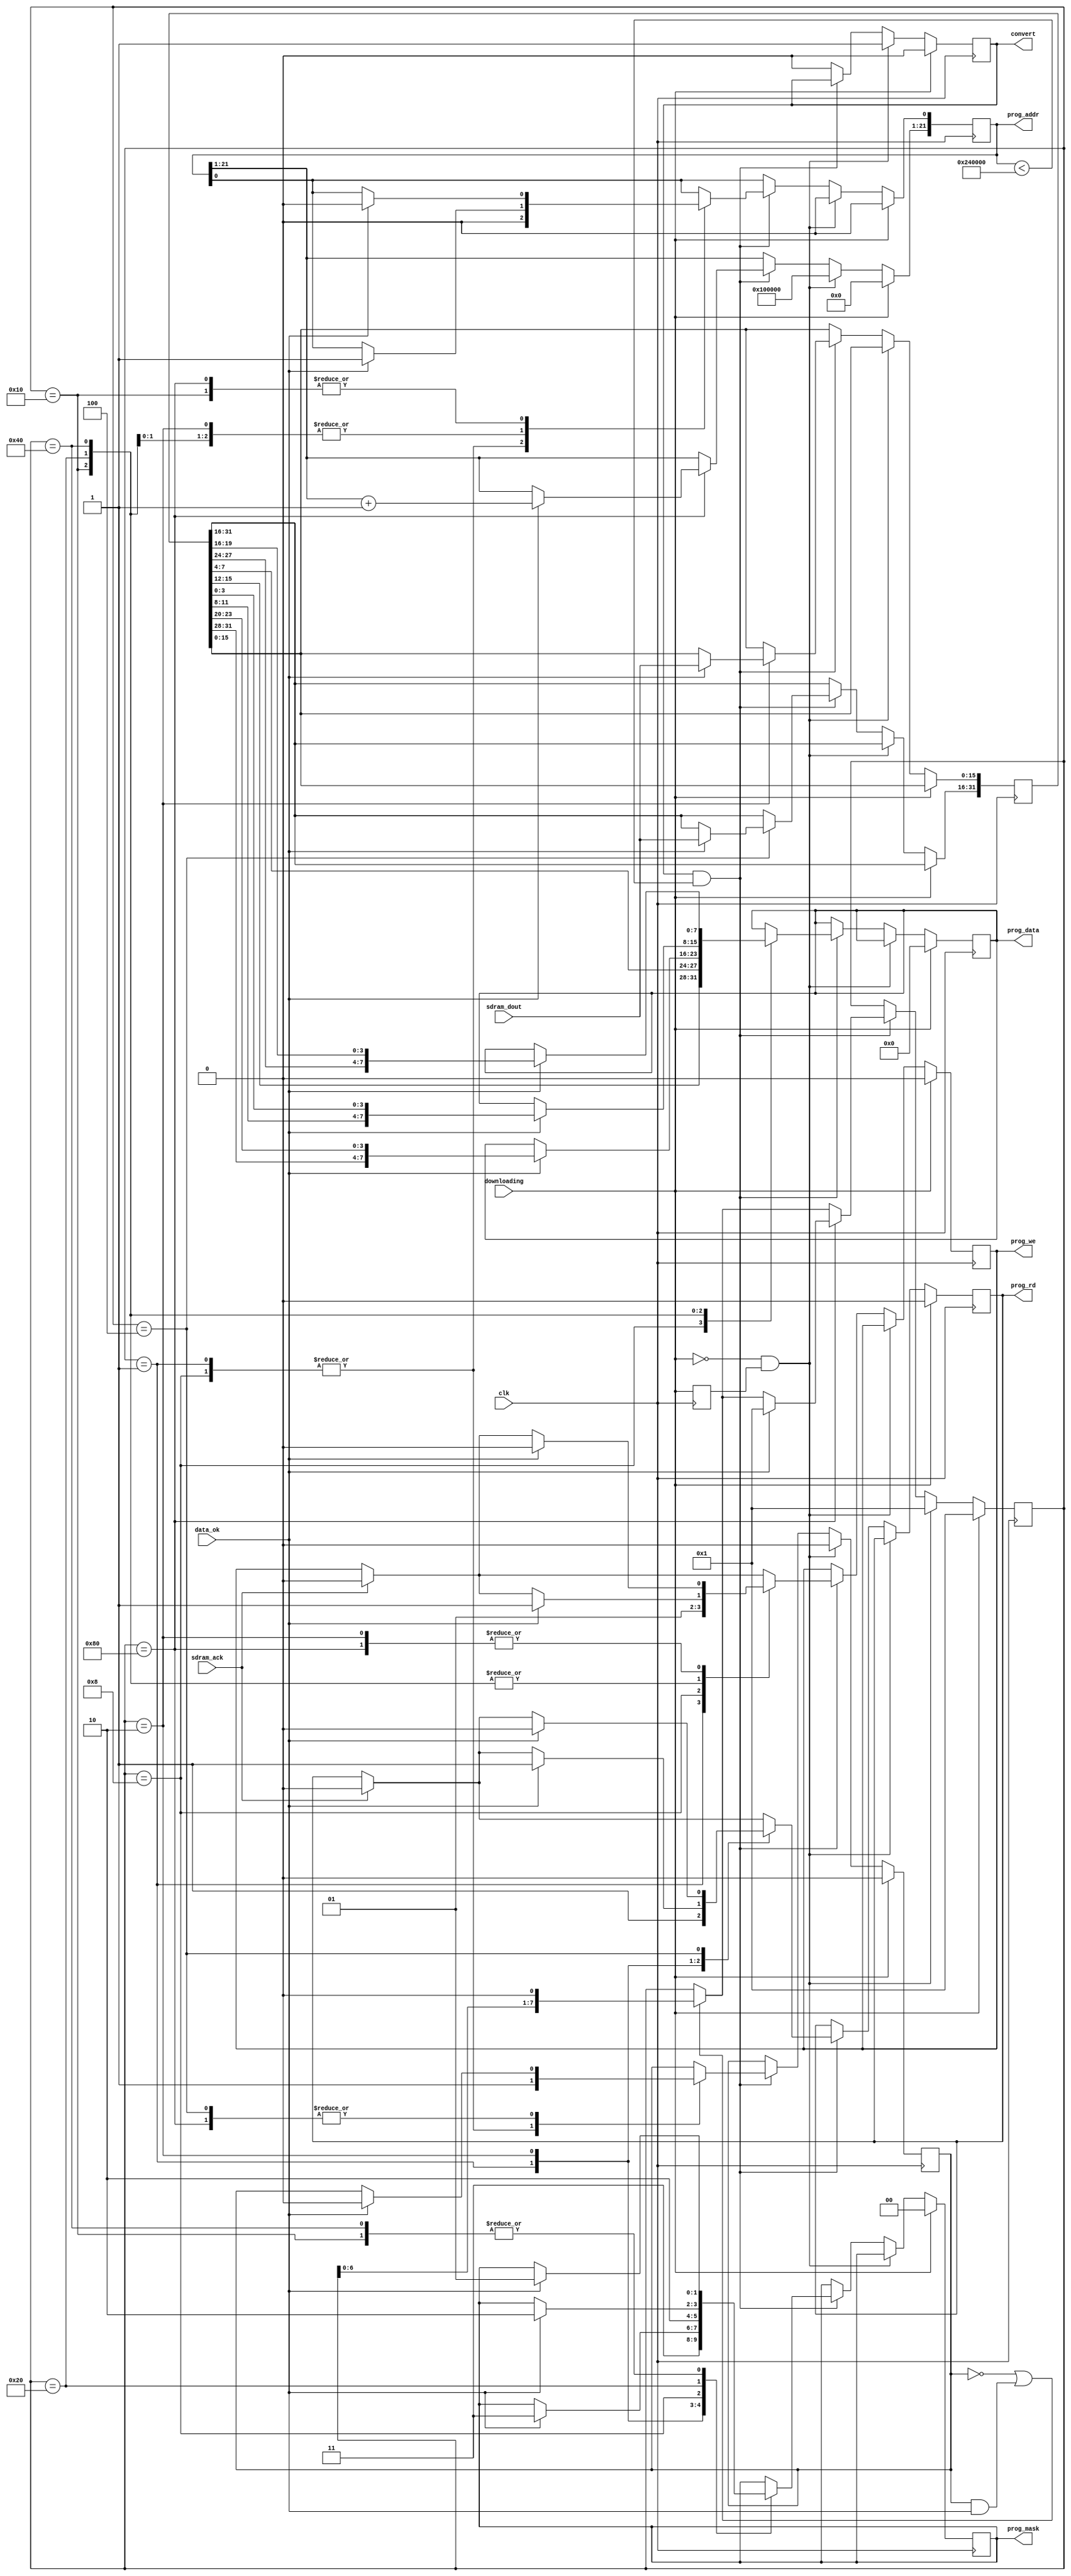
/*  This file is part of JT_GNG.
    JT_GNG program is free software: you can redistribute it and/or modify
    it under the terms of the GNU General Public License as published by
    the Free Software Foundation, either version 3 of the License, or
    (at your option) any later version.

    JT_GNG program is distributed in the hope that it will be useful,
    but WITHOUT ANY WARRANTY; without even the implied warranty of
    MERCHANTABILITY or FITNESS FOR A PARTICULAR PURPOSE.  See the
    GNU General Public License for more details.

    You should have received a copy of the GNU General Public License
    along with JT_GNG.  If not, see <http://www.gnu.org/licenses/>.

    Author: Jose Tejada Gomez. Twitter: @topapate
    Version: 1.0
    Date: 29-10-2019 */

// Converts 4bpp object data from an eight pixel packed format
// to a four pixel format

`timescale 1ns/1ps

module jtgng_obj32(
    input                clk,
    input                downloading,
    input      [15:0]    sdram_dout,

    output reg           convert,
    output reg [21:0]    prog_addr,
    output reg [ 7:0]    prog_data,
    output reg [ 1:0]    prog_mask, // active low
    output reg           prog_we,
    output reg           prog_rd,
    input                sdram_ack,
    input                data_ok
);

parameter [21:0] OBJ_START=22'h20_0000;
parameter [21:0] OBJ_END  =22'h24_0000;

`ifdef SIMULATION
`ifdef FAST_LOAD
`define JTGNG_OBJ32_FAST
`endif
`endif

`ifdef JTGNG_OBJ32_FAST
localparam OBJ_END1 = OBJ_START+((OBJ_END-OBJ_START)>>6); // make conversion length 32 times shorter
`else
localparam OBJ_END1 = OBJ_END;
`endif
`undef  JTGNG_OBJ32_FAST

reg [31:0] obj_data;
reg last_down, wait_ack;
reg [7:0]  state;

always @(posedge clk ) begin
    last_down <= downloading;
    if( downloading ) begin
        prog_addr <= 22'd0;
        prog_data <= 8'd0;
        prog_mask <= 2'd0;
        prog_we   <= 1'b0;
        state     <= 8'h1;
        prog_rd   <= 1'b0;
        convert   <= 1'b0;
        wait_ack  <= 1'b0;
    end else begin
        // prog_we  <= 1'b0;
        // prog_rd  <= 1'b0;
        if( !downloading && last_down ) begin
            prog_addr <= OBJ_START;
            convert   <= 1'b1;
            state     <= 8'h1;
            wait_ack  <= 1'b0;
        end
        else if( convert && prog_addr < OBJ_END1 )  begin
            if( sdram_ack ) begin
                prog_rd <= 1'b0;
                prog_we <= 1'b0;
            end
            if(!wait_ack || (wait_ack && data_ok) ) state <= state<<1;
            case( state )
                8'd1: begin // read
                    prog_mask    <= 2'b11;
                    prog_we      <= 1'b0;
                    prog_rd      <= 1'b1;
                    prog_addr[0] <= 1'b0;
                    wait_ack     <= 1'd1;
                end
                8'd2: if( data_ok ) begin
                    obj_data[15:0] <= sdram_dout;
                    prog_mask    <= 2'b11;
                    prog_we      <= 1'b0;
                    prog_rd      <= 1'b1;
                    prog_addr[0] <= 1'b1;
                end
                8'd4: if( data_ok ) begin
                    obj_data[31:16] <= sdram_dout;
                    prog_rd         <= 1'b0;
                    wait_ack        <= 1'd0;
                end
                // Programming
                8'd8: begin
                    prog_addr[0] <= 1'b0;
                    prog_data    <= { obj_data[7+8:4+8], obj_data[7:4]};
                    prog_mask    <= 2'b10;
                    prog_we      <= 1'b1;
                    wait_ack     <= 1'd1;
                end
                8'h10: if( data_ok ) begin
                    prog_addr[0] <= 1'b0;
                    prog_data <= { obj_data[7+24:4+24], obj_data[7+16:4+16]};
                    prog_mask <= 2'b01;
                    prog_we   <= 1'b1;
                end
                8'h20: if( data_ok )  begin
                    prog_addr[0] <= 1'b1;
                    prog_data <= { obj_data[3+8:0+8], obj_data[3:0]};
                    prog_mask <= 2'b10;
                    prog_we   <= 1'b1;
                end
                8'h40: if( data_ok )  begin
                    prog_addr[0] <= 1'b1;
                    prog_data <= { obj_data[3+24:0+24], obj_data[3+16:0+16]};
                    prog_mask <= 2'b01;
                    prog_we   <= 1'b1;
                end
                8'h80: if( data_ok ) begin
                    prog_addr[21:1] <= prog_addr[21:1]+21'h1;
                    prog_addr[0]    <= 1'b0;
                    state     <= 8'h1;
                    prog_we   <= 1'b0;
                    wait_ack  <= 1'd0;
                end
            endcase
        end else convert<=1'b0;
    end
end

endmodule